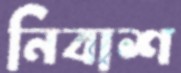
নিবাশ